Lock hospitals Punjab
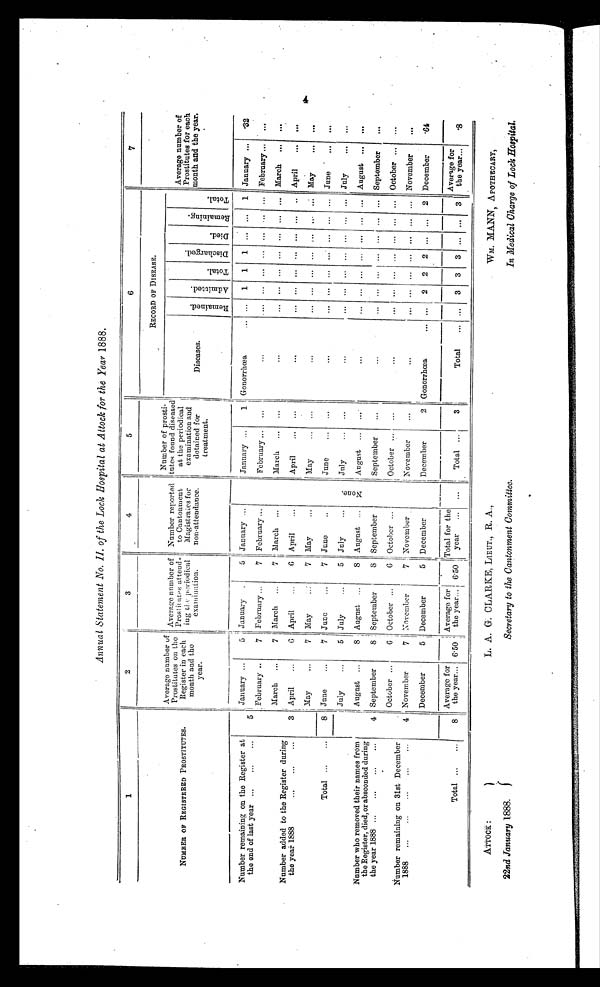
ATTOCK :
22nd January 1888.
L. A. G. CLARKE, LIEUT., R. A.,
Secretary to the Cantonment Committee.
WM. MANN, APOTHECARY,
In Medical Charge of Lock Hospital.
Annual Statement No. II. of the Lock Hospital at Attock for the Year 1888.
1
2
3
4
5
6
7
NUMBER OF REGISTERED PROSTITUTES.
Average number of
Prostitutes on the
Register in each
month and the
year.
Average number of
Prostitutes attend-
ing the periodical
examination.
Number reported
to Cantonment
Magistrates for
non-attendance.
Number of prosti-
tuton found diseased
at the periodical
examination and
detained for
treatment.
RECORD OF DISEASE.
Average number of
Prostitutes for each
month and the year.
Diseases.
R e m a i n e d .
A d m i t t e d .
T o t a l .
D i s c h a r g e d .
D i e d .
R e m a i n i n g .
Total.
Number remaining on the Register at
the end of last year ...
...
...
5
January ...
5
January
5
January ...
January ...
1 Gonorrhœa
...
. . . 1 1 1 ... ... 1 January ...
. 3 2
February ...
7
February ...
7
February ...
February...
...
. . .
. . .
. . .
. . .
...
. . . ... ...
February...
Number added to the Register during
the year 1888
3
March ...
7 March ...
7 March ...
March ...
...
...
. . .
. . . ... ...
. . . ... ... March ... ...
April
...
6
April
6
April
...
April
...
...
. . .
. . .
. . .
. . . ...
. . . ... ... April ...
...
May
...
7
May
...
7 May
...
May
...
...
...
. . .
. . .
. . . ...
. . . ... ... May ...
...
Total ...
...
8 June
...
7 June
...
7 June
...
June
...
...
...
. . .
. . .
. . . ...
. . . ... ... June ...
...
July
...
5 July
...
5
July
...
N o n e . July
...
...
•••
. . .
. . .
. . . ...
. . . ... ... July ...
...
Number who removed their names from
the Register, died, or absconded during
the year 1888 ...
...
...
...
4
August ...
8 August ...
8
August ...
August ...
. . .
...
. . .
. . .
. . . ...
. . . ... ... August ... ...
September
8 September
8
September
September
...
...
... ... ... ... ... ... ... September
...
October ...
6
October ...
6
October ...
October ...
...
...
... ... ... ... ... ... ... October ... ...
Number remaining on 31st December
1888 ...
. . . . . . . . . . . .
4 November
7
November
7
November
November
...
...
...
...
...
. . .
...
...
...
November
...
December
5 December
5 December
December
2 Gonorrhœa
... ... 2 2 2 ... ... 2 December
. 6 4
Total ...
...
8
Average for
the year... 6.50
Average for
the year... 6.50
Total for the
year
...
...
Total ...
•
3
Total
... ...
3
3
3
...
...
3 1
—
Average for
the year...
. 8